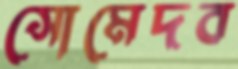
সোমেদব